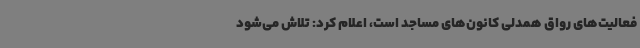
فعالیت‌های رواق همدلی کانون‌های مساجد است، اعلام کرد: تلاش می‌شود